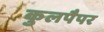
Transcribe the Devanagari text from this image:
कुलपैपर